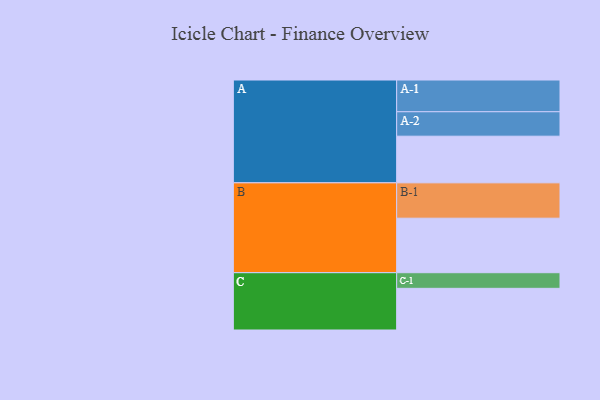
{"axis": {"x": "Segment", "y": "Value"}, "legend": ["", "A", "B", "C"], "data": [{"x": "A", "y": 385, "type": ""}, {"x": "B", "y": 450, "type": ""}, {"x": "C", "y": 344, "type": ""}, {"x": "A-1", "y": 262, "type": "A"}, {"x": "A-2", "y": 202, "type": "A"}, {"x": "B-1", "y": 292, "type": "B"}, {"x": "C-1", "y": 129, "type": "C"}]}